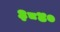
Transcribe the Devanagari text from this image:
३८४०